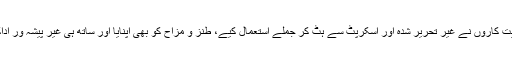
اس موقعے پر چیک ہدایت کاروں نے غیر تحریر شُدہ اور اسکرپٹ سے ہٹ کر جملے استعمال کیے، طنز و مزاح کو بھی اپنایا اور ساتھ ہی غیر پیشہ وَر اداکاروں کو سامنے لائے۔